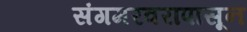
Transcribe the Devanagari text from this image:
संगमरवरापासून